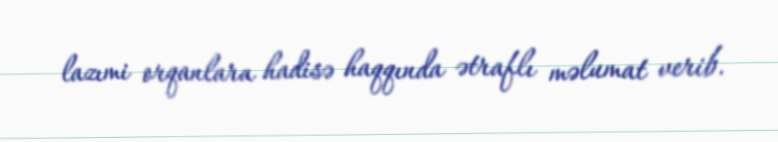
lazımi orqanlara hadisə haqqında ətraflı məlumat verib.